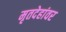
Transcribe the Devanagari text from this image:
मृतदेहांवर